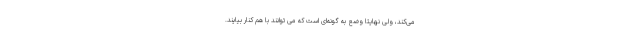
می‌کند، ولی نهایتا وضع به گونه‌ای است که می توانند با هم کنار بیایند.